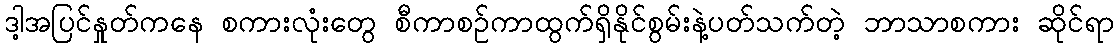
ဒါ့အပြင်နှုတ်ကနေ စကားလုံးတွေ စီကာစဉ်ကာထွက်ရှိနိုင်စွမ်းနဲ့ပတ်သက်တဲ့ ဘာသာစကား ဆိုင်ရာ